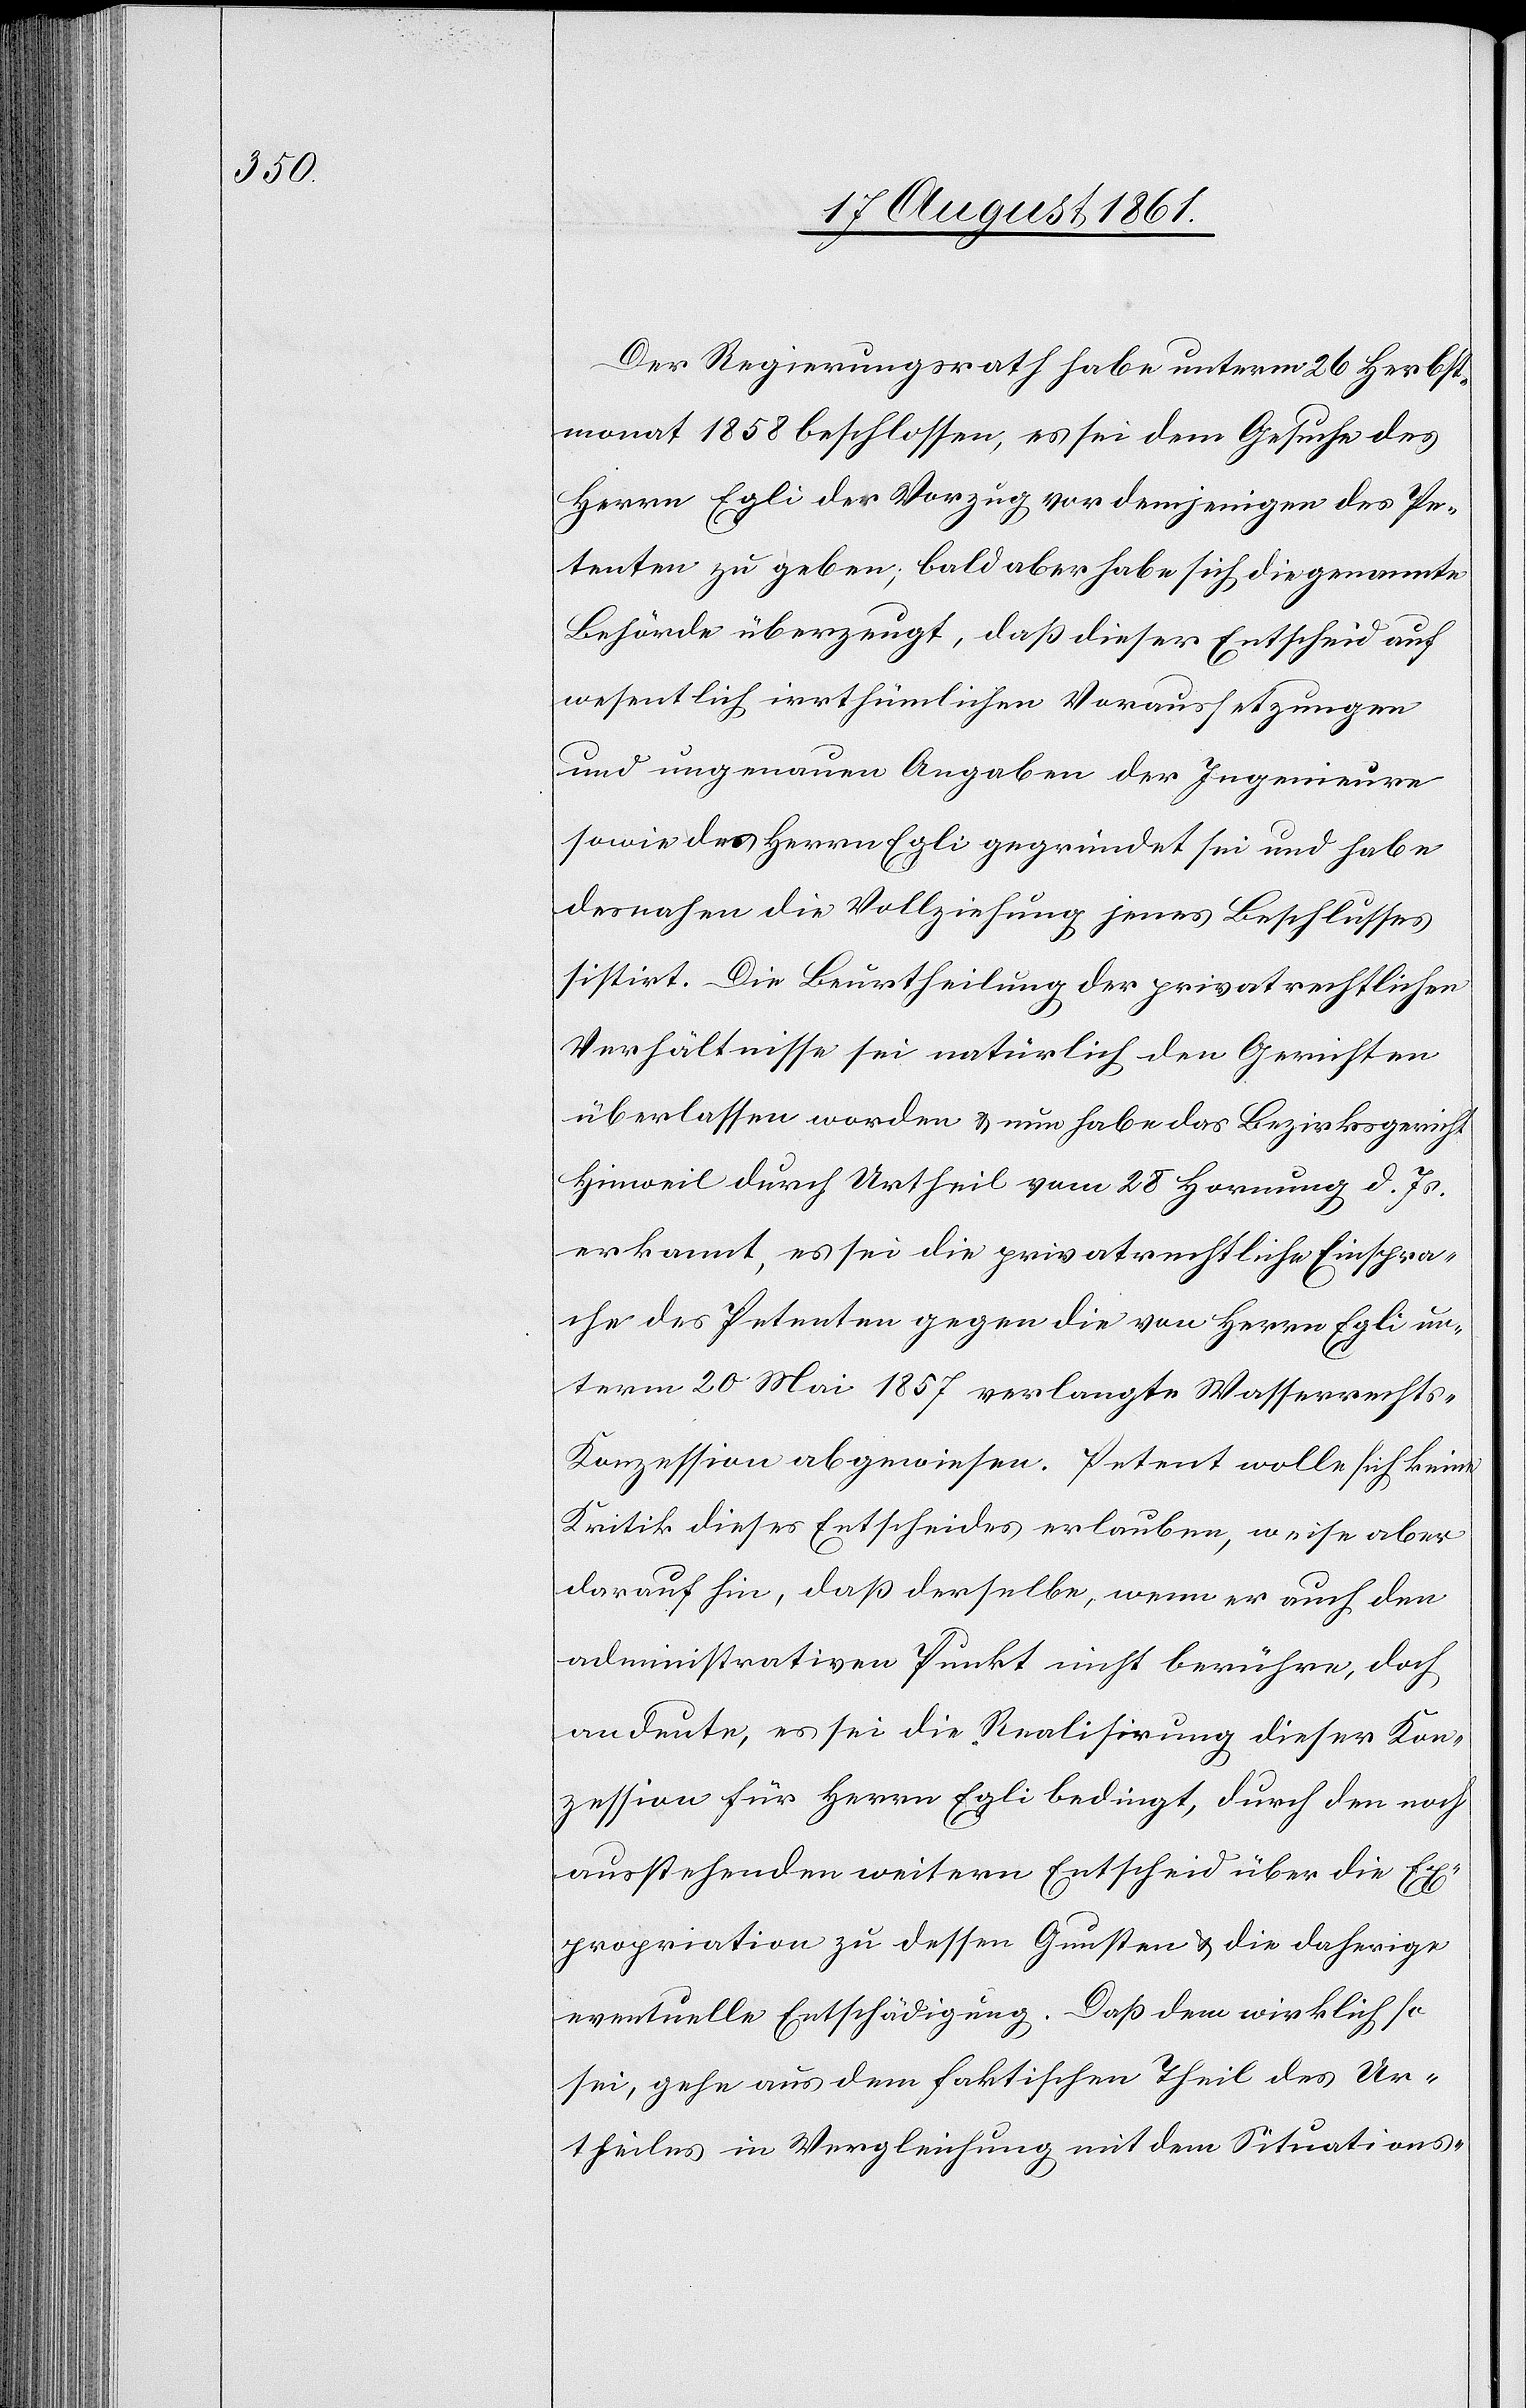
Der Regierungsrath habe unterm 26 Herbst¬
monat 1858 beschlossen, es sei dem Gesuche des
Herrn Egli der Vorzug vor demjenigen des Pe¬
tenten zu geben, bald aber habe sich die genannte
Behörde überzeugt, daß dieser Entscheid auf
wesentlich irrthümlichen Voraussetzungen
und ungenauen Angaben der Ingenieure
sowie des Herrn Egli gegründet sei und habe
desnahen die Vollziehung jenes Beschlusses
sistirt. Die Beurtheilung der privatrechtlichen
Verhältnisse sei natürlich den Gerichten
überlassen worden u. nun habe das Bezirksgericht
Hinweil durch Urtheil vom 28 Hornung d. Js.
erkannt, es sei die privatrechtliche Einspra¬
che des Petenten gegen die von Herrn Egli un¬
term 20 Mai 1857 verlangte Wasserrecht¬
s-Konzession abgewiesen. Petent wolle sich keine
Kritik dieses Entscheides erlauben, weise aber
daraufhin, daß derselbe, wenn er auch den
administrativen Punkt nicht berühre, doch
andeute, es sei die Realisierung dieser Kon¬
zession für Herrn Egli bedingt, durch den noch
ausstehenden weitern Entscheid über die Ex¬
propriation zu dessen Gunsten u. die daherige
eventuelle Entschädigung. Daß dem wirklich so
sei, gehe aus dem faktischen Theil des Ur¬
theiles in Vergleichung mit dem Situations-